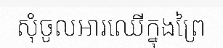
សុំចូលអារឈើក្នុងព្រៃ